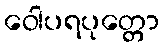
ဝေါပရပုတ္တော